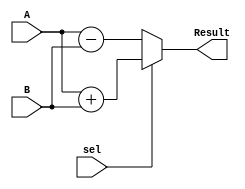
module addSub(A, B, sel, Result);
	input sel;
	input [2:0] A;
	input [2:0] B;
	output [3:0] Result;
	wire [3:0] Result;
	assign Result = (sel)? A + B : A - B;
endmodule